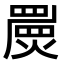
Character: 𤐁